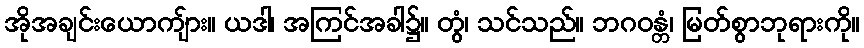
အိုအချင်းယောကျ်ား။ ယဒါ၊ အကြင်အခါ၌။ တွံ၊ သင်သည်။ ဘဂဝန္တံ၊ မြတ်စွာဘုရားကို။